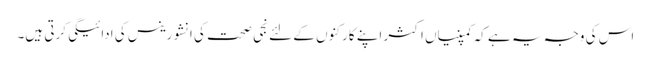
اس کی وجہ یہ ہے کہ کمپنیاں اکثر اپنے کارکنوں کے لئے نجی صحت کی انشورینس کی ادائیگی کرتی ہیں۔